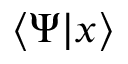
\langle \Psi | x \rangle